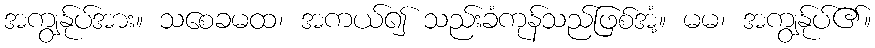
အကျွန်ုပ်အား။ သစေခမထ၊ အကယ်၍ သည်းခံကုန်သည်ဖြစ်အံ့။ မမ၊ အကျွန်ုပ်၏။